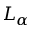
L _ { \alpha }